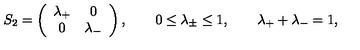
S _ { 2 } = \left( \begin{array} { c c } { \lambda _ { + } } & { 0 } \\ { 0 } & { \lambda _ { - } } \\ \end{array} \right) , \qquad 0 \le \lambda _ { \pm } \le 1 , \qquad \lambda _ { + } + \lambda _ { - } = 1 ,